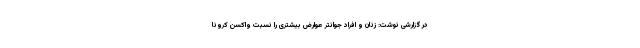
در گزارشی نوشت: زنان و افراد جوانتر عوارض بیشتری را نسبت واکسن کرونا